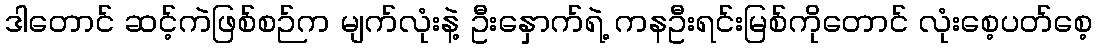
ဒါတောင် ဆင့်ကဲဖြစ်စဉ်က မျက်လုံးနဲ့ ဦးနှောက်ရဲ့ ကနဦးရင်းမြစ်ကိုတောင် လုံးစေ့ပတ်စေ့